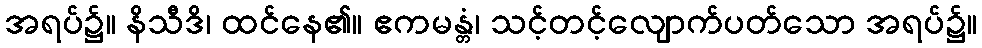
အရပ်၌။ နိသီဒိ၊ ထင်နေ၏။ ဧကမန္တံ၊ သင့်တင့်လျောက်ပတ်သော အရပ်၌။